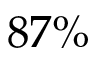
8 7 \%